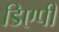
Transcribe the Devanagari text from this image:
डिएपी